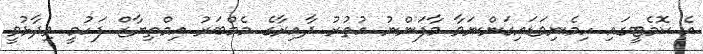
އެ ކޮމެޓީގައި ހިމެނިވަޑައިގަންނަވާ މާފަންނު އުތުރު ދާއިރާގެ މެމްބަރު އިމްތިޔާޒް ފަހުމީ ވިދާޅުވީ